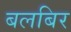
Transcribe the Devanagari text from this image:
बलबिर